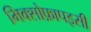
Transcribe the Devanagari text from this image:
मिक्सोफ़ापइसी